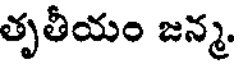
తృతీయం జన్మ.